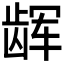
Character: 𱌳